Report on sanitation, dispensaries, and jails in Rajputana for 1914, and on vaccination for the year 1914-1915 - 1914-1915
Year: 1914
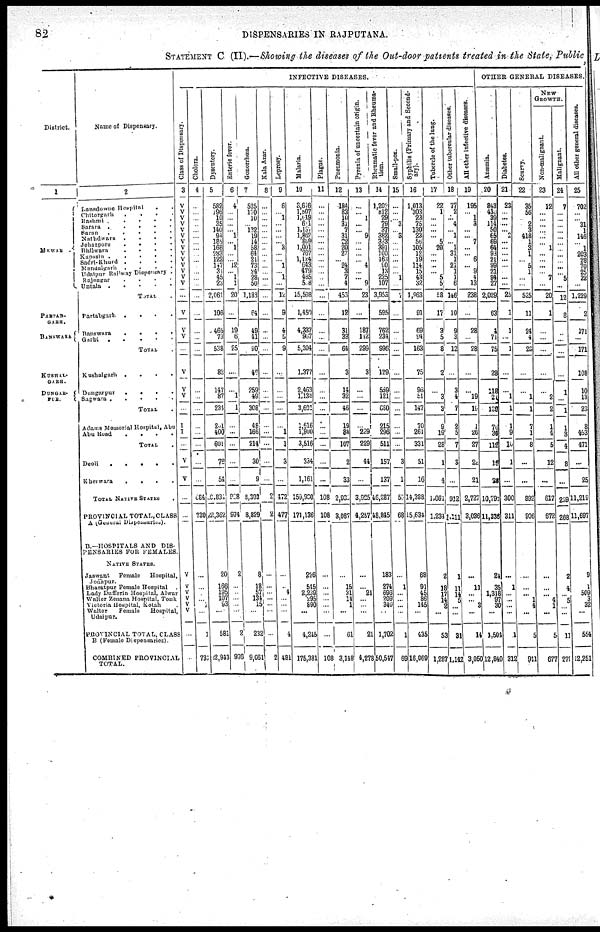
82
DISPENSARIES IN RAJPUTANA.
STATEMENT C (II).—Showing the diseases of the Out-door patients treated in-the State, Public,
District.
1
MEWAR .
PARTAB¬
GARH.
BANSWARA
KUSHAL¬
GARH.
DUNGAR¬
PUR.
Name of Dispensary.
2
Dansdowne Hospital
. .
Chitorgarh
.
.
.
.
Rashmi .
.
.
.
.
Sarara .
.
.
.
.
Saran . . . . .
Nathdwara
.
.
.
.
Jehazpore
.
.
. .
Bhilwara
.
.
.
.
Kapasin . . . . .
Sadri-Khurd .
.
.
.
Mandalgarh .
.
.
.
Udaipur Railway Dispensary .
Rajnagar
.
.
.
.
Untala .
.
.
.
.
TOTAL .
Partabgarh . . . .
Banswara . . . .
Garhi
.
.
.
.
.
TOTAL .
Kushalgarh .
.
.
.
Dungarpur
.
.
.
.
Sagwara .
.
.
.
.
TOTAL .
Adams Memorial Hospital, Abu
Abu Road
.
.
.
.
TOTAL .
Deoli
.
.
.
.
.
Kherwara
.
.
.
.
TOTAL NATIVE STATES
.
PROVINCIAL TOTAL,CLASS
A (General Dispensaries).
B.—HOSPITALS AND DIS-
PENSARIES FOR FEMALES
NATIVE STATES.
Jaswant
Female
Hospital,
Jodhpur.
Bharatpur Female Hospital .
Lady Dufferin Hospital, Alwar
Walter Zenana Hospital, Tonk
Victoria Hospital, Kotah .
Walter
female
Hospital
Udaipur.
PROVINCIAL TOTAL, CLASS
B (Female Dispensaries).
COMBINED PROVINCIAL
TOTAL.
INFECTIVE DISEASES.
Class of Dispensary.
3
V
V
V
V
V V V
V
V V
V
V
V
V
...
V
V
V
...
V
V
V
...
I
I
...
V
V
...
...
V
V
V
V
V
V
...
...
Cholera.
4
...
...
...
...
...
...
...
...
...
...
...
...
...
...
...
...
...
...
...
...
...
...
...
...
...
...
...
...
684
730
...
...
...
... ...
...
1
731
Dysentery.
5
582
196
10
35
140
94
185
168
283
122
147
31
45
23
2,061
106
465
73
538
82
147
87
234
201
400
601
76
54
20,831
22,362
20
166
195
107
93
...
581
22,943
Enteric
lever.
6
4
...
...
...
... 1
... 1
...
... 12
... 1
1
20
...
19
6
25
...
...
1
1
...
...
...
...
...
928
974
2
...
...
...
...
...
2
976
Gonorrhœa.
7
525
170
10
... 132
19
14
58
64
21
73
24
28
50
1,188
64
49
41
90
46
259
49
308
48
166
214
30
9
8,303
8,829
8
18
57
134
15
...
232
9,061
Kala
Azar.
8
...
...
...
...
...
...
...
...
...
...
...
...
...
...
...
...
...
...
...
...
...
...
...
...
...
...
...
...
2
2
...
...
...
...
...
...
...
2
Leprosy.
9
6
... 1
...
...
...
... 3
...
... 1
... 1
...
12
9
4
5
9
...
...
...
...
...
1
1
3
...
472
477
...
... 4
...
...
...
4
481
Malaria.
10
3,616
1,607
1,019 611
1,137
1,867
809
1,001
767
1,124
643
479
485
508
15,598
1,450
4,337
967
5,304
1,377
2,463
1,138
3,601
1,616
1,900
3,516
334
1,161
159,930
171,136
276
545
2,239
295
890
...
4,245
175,381
Plague.
11
...
...
...
...
...
...
...
...
...
...
...
...
...
...
...
...
...
...
...
...
...
...
...
...
...
...
...
...
108
108
...
...
...
...
...
...
...
108
Pneumonia.
12
184
83
10
31
7
31
22
20
27
... 24
3
7
4
453
12
31
33
64
3
14
32
46
19
88
107
2
33
2,935
3,087
...
15
31
14
1
...
61
3,148
Pyr exi a of uncertain origin.
13
...
... 1
...
... 9
...
...
...
... 4
...
... 9
23
...
187
112
299
3
...
...
...
...
229
229
44
...
3,925
4,257
...
...
21
...
...
21
4,278
Rheumatic f ever and Rheuma-
tism.
14
1,202
812
29
79
37
382
323
391
100
163
90 13
225
107
3,953
595
762
234
996
129
559
121
680
215
296
511
157
137
46,287
48,845
183
274
696
209
340
...
1,702
50,547
Small-pox.
15
...
...
... 3
... 3
...
...
...
...
...
... 1
...
7
...
...
...
...
...
...
...
...
...
...
...
3
1
55
68
...
1
...
...
...
...
1
69
Syphilis (Primary and second¬
ary).
16
1,013
303
23
75
130
23
56
105
12
19
114
15
43
32
1,963
91
69
94
163
75
96
51
147
70
261
331
51
16
14,388
15,634
68
91
45
86
145
...
435
16,069
Tubercle of the lung.
17
22
1
...
...
...
... 5
20
...
...
...
...
5
5
58
17
3 5
8
2
...
3
3
9
19
28
1
4
1,061
1,234
2
18
17
14
...
...
53
1,287
Other tubercular diseases.
18
77
2
... 4
... 1
... 1
31
1
21
1
1
6
146
10
9
3
12
...
3
4
7
2
5
7
3
...
912
1,111
1
11
14
5
... ...
31
1,142
All other infective diseases.
19
195
... 1
3
...
...
7
...
... 6
...
9
4
13
238
...
28
...
28
...
...
19
19
1
26
27
22
21
2,727
3,036
...
11
...
... 3
...
14
3,050
OTHER GENERAL DISEASES.
Anæmia.
20
843
430
39
114
50
65
69
64
93
21
99
21
94
27
2,029
63
4
71
75
28
118
20
139
76
36
112
19
28
10,793
11,336
24
35
1,318
97
30
...
1,504
12,840
Diabetes.
21
23
...
...
...
... 2
...
...
...
...
...
...
...
25
1
1
...
1
...
...
1
1
1
9
10
1
...
300
311
...
1
...
...
... ...
1
312
Scurvy.
22
35
56
... 2
3
418
1
3
1
... 5
1
...
...
525
11
24
4
28
...
...
1
1
7
1
8
...
...
892
906
...
...
... 1
4
...
5
911
NEW
GROWTH.
Non-malignant.
23
12
...
...
...
...
...
... 1
...
... ...
... 7
...
20
1
...
...
...
...
...
2
2
1
4
5
12
...
617
672
...
...
... 4
1
...
5
677
Malignant.
24
7
...
...
...
...
...
...
...
...
...
...
... 5
...
12
8
...
...
...
...
1
...
1
1
3
4
8
...
239
268
2
4
... 5
... ...
11
279
All other general diseases.
25
702
...
... 31
1
146
... 1
203
28
70
25
22
...
1,229
2
171
...
171
108
10
13
23
8
463
471
...
25
11,219
11,697
9
1
509
3
32
...
554
12,251